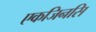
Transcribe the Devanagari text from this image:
एकजिनसि